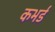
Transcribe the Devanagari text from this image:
कभर्ड